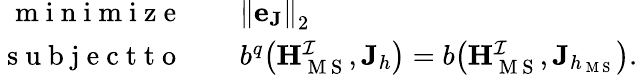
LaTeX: \begin{array}{r}{\begin{array}{rl}{\mathrm{~m~i~n~i~m~i~z~e~}\quad}&{{\| \mathbf{e}_{\mathbf{J}}\| }_{2}}\\ {\mathrm{~s~u~b~j~e~c~t~t~o~}\quad}&{b^{q}\big(\mathbf{H}_{\mathrm{~M~S~}}^{\mathcal{I}},\mathbf{J}_{h}\big)=b\big(\mathbf{H}_{\mathrm{~M~S~}}^{\mathcal{I}},\mathbf{J}_{h_{\mathrm{~M~S~}}}\big).}\end{array}}\end{array}